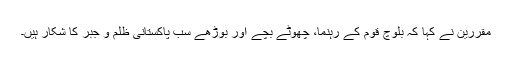
مقررین نے کہا کہ بلوچ قوم کے رہنما، چھوٹے بچے اور بوڑھے سب پاکستانی ظلم و جبر کا شکار ہیں۔